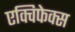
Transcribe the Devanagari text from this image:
एक्विफेक्स